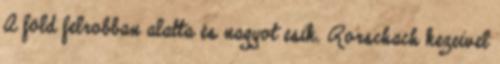
A föld felrobban alatta és nagyot esik. Rorschach kezeivel